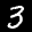
Label: 3